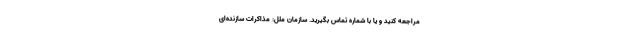
مراجعه کنید و یا با شماره تماس بگیرید. سازمان ملل: مذاکرات سازنده‌ای